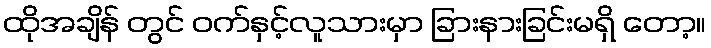
ထိုအချိန် တွင် ဝက်နှင့်လူသားမှာ ခြားနားခြင်းမရှိ တော့။